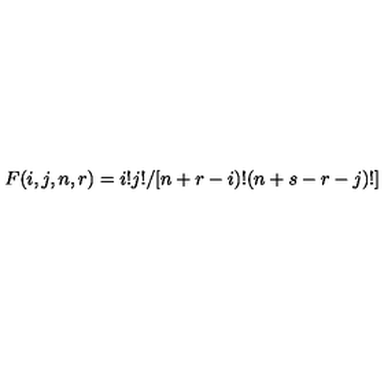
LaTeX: F ( i , j , n , r ) = i ! j ! / [ n + r - i ) ! ( n + s - r - j ) ! ]